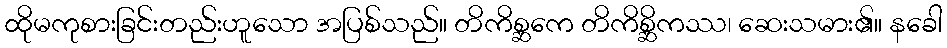
ထိုမကုစားခြင်းတည်းဟူသော အပြစ်သည်။ တိကိစ္ဆကေ တိကိစ္ဆိကဿ၊ ဆေးသမား၏။ နခေါ